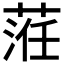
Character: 𦴷